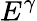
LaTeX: E^{\gamma}